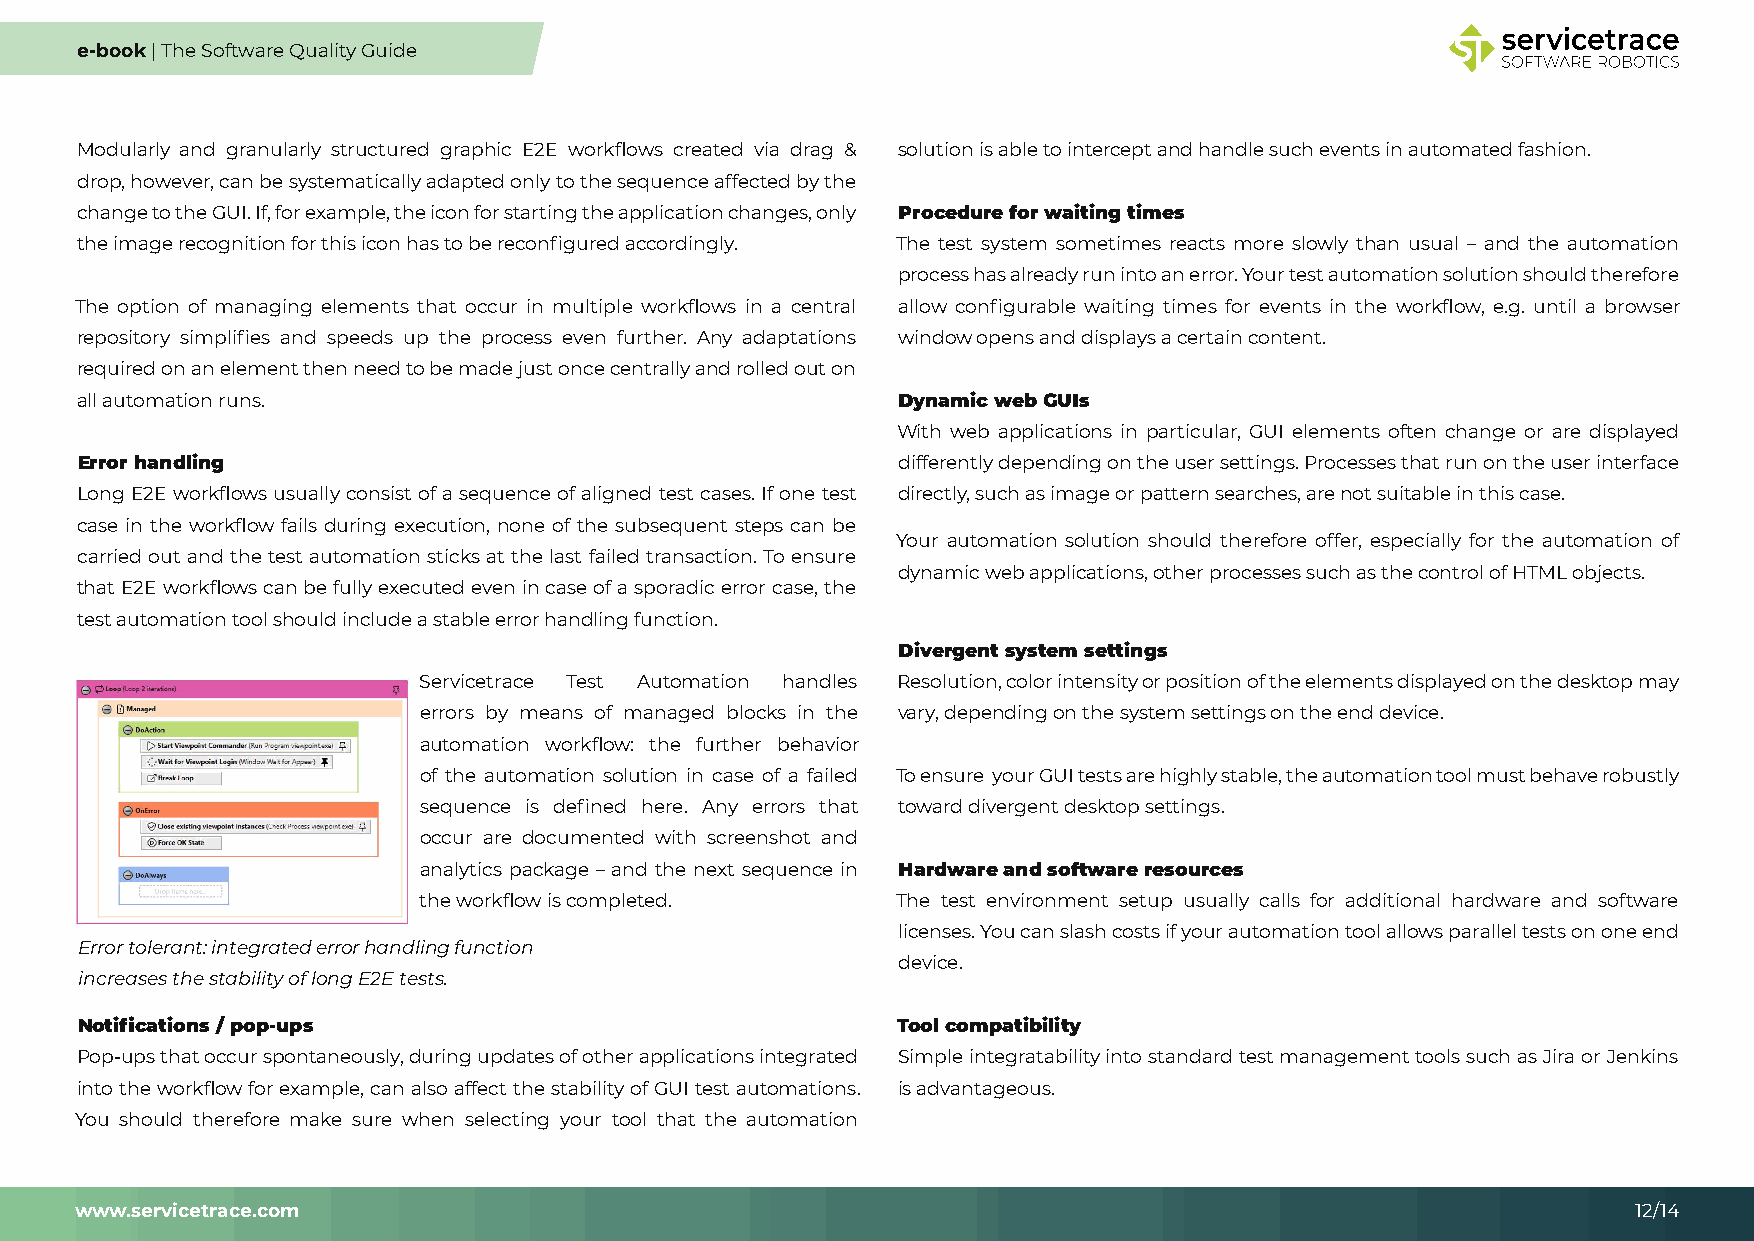
e-book | The Software Quality Guide
 Modularly and granularly structured graphic E2E workflows created via drag & solution is able to intercept and handle such events in automated fashion.
 drop, however, can be systematically adapted only to the sequence affected by the
 change to the GUI. If, for example, the icon for starting the application changes, only Procedure for waiting times
 the image recognition for this icon has to be reconfigured accordingly. The test system sometimes reacts more slowly than usual – and the automation
 process has already run into an error. Your test automation solution should therefore
 The option of managing elements that occur in multiple workflows in a central allow configurable waiting times for events in the workflow, e.g. until a browser
 repository simplifies and speeds up the process even further. Any adaptations window opens and displays a certain content.
 required on an element then need to be made just once centrally and rolled out on
 all automation runs.                                  Dynamic web GUIs
 With web applications in particular, GUI elements often change or are displayed
 Error handling                                        differently depending on the user settings. Processes that run on the user interface
 Long E2E workflows usually consist of a sequence of aligned test cases. If one test directly, such as image or pattern searches, are not suitable in this case.
 case in the workflow fails during execution, none of the subsequent steps can be
 Your automation solution should therefore offer, especially for the automation of
 carried out and the test automation sticks at the last failed transaction. To ensure
 dynamic web applications, other processes such as the control of HTML objects.
 that E2E workflows can be fully executed even in case of a sporadic error case, the
 test automation tool should include a stable error handling function.
 Divergent system settings
 Servicetrace Test Automation handles Resolution, color intensity or position of the elements displayed on the desktop may
 errors by means of managed blocks in the vary, depending on the system settings on the end device.
 automation workflow: the further behavior
 of the automation solution in case of a failed To ensure your GUI tests are highly stable, the automation tool must behave robustly
 sequence is defined here. Any errors that toward divergent desktop settings.
 occur are documented with screenshot and
 analytics package – and the next sequence in Hardware and software resources
 the workflow is completed.     The test environment setup usually calls for additional hardware and software
 licenses. You can slash costs if your automation tool allows parallel tests on one end
 Error tolerant: integrated error handling function
 device.
 increases the stability of long E2E tests.
 Notifications / pop-ups                               Tool compatibility
 Pop-ups that occur spontaneously, during updates of other applications integrated Simple integratability into standard test management tools such as Jira or Jenkins
 into the workflow for example, can also affect the stability of GUI test automations. is advantageous.
 You should therefore make sure when selecting your tool that the automation
 www.servicetrace.com                                                                                   12/14